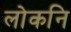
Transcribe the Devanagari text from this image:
लोकनि